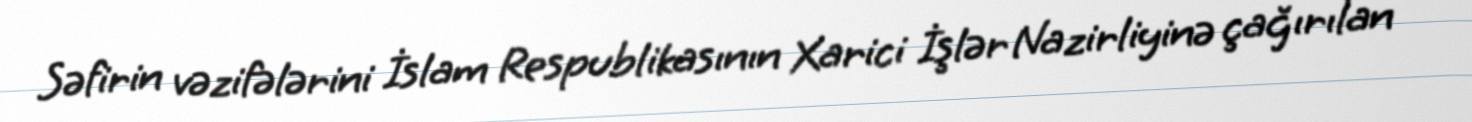
Səfirin vəzifələrini İslam Respublikasının Xarici İşlər Nazirliyinə çağırılan